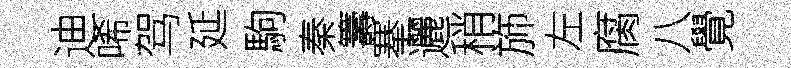
迪唏驾延駒秦籌搴邐稍斾左腐八覺